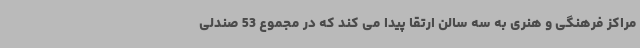
مراکز فرهنگی و هنری به سه سالن ارتقا پیدا می کند که در مجموع 53 صندلی